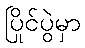
ပြိုင်ပွဲမှာ